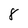
Character: 8